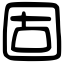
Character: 固